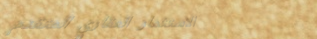
الاستثمار العقاري المتقدم